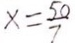
x = \frac { 5 0 } { 7 }